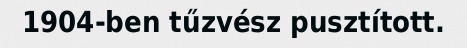
1904-ben tűzvész pusztított.